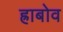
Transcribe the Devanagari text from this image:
ह्राबोव